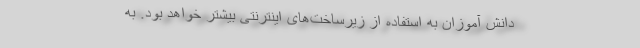
دانش آموزان به استفاده از زیرساخت‌های اینترنتی بیشتر خواهد بود. به